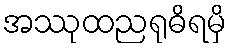
အဿုထညရုဓိရမှိ